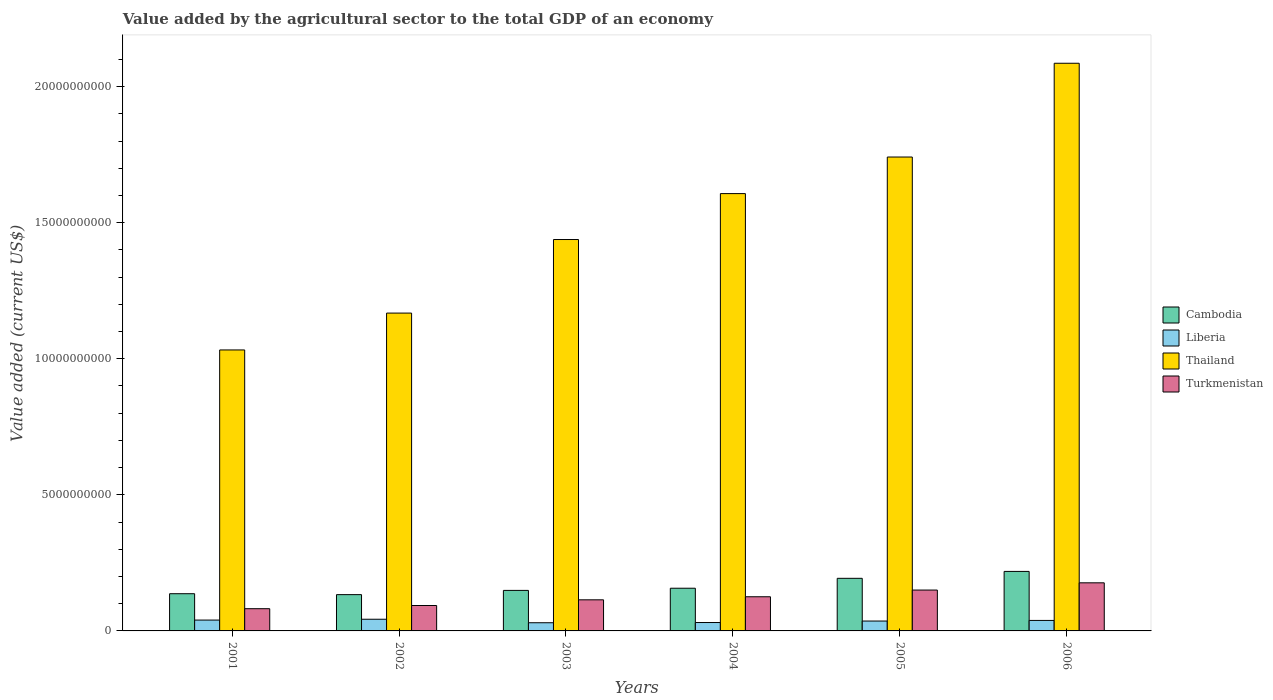
| Years | Cambodia | Liberia | Thailand | Turkmenistan |
 | --- | --- | --- | --- | --- |
 | 2001 | 1.37e+09 | 3.99e+08 | 1.03e+10 | 8.16e+08 |
 | 2002 | 1.33e+09 | 4.29e+08 | 1.17e+10 | 9.34e+08 |
 | 2003 | 1.49e+09 | 3.01e+08 | 1.44e+10 | 1.14e+09 |
 | 2004 | 1.57e+09 | 3.09e+08 | 1.61e+10 | 1.26e+09 |
 | 2005 | 1.93e+09 | 3.63e+08 | 1.74e+10 | 1.5e+09 |
 | 2006 | 2.19e+09 | 3.85e+08 | 2.09e+10 | 1.77e+09 |